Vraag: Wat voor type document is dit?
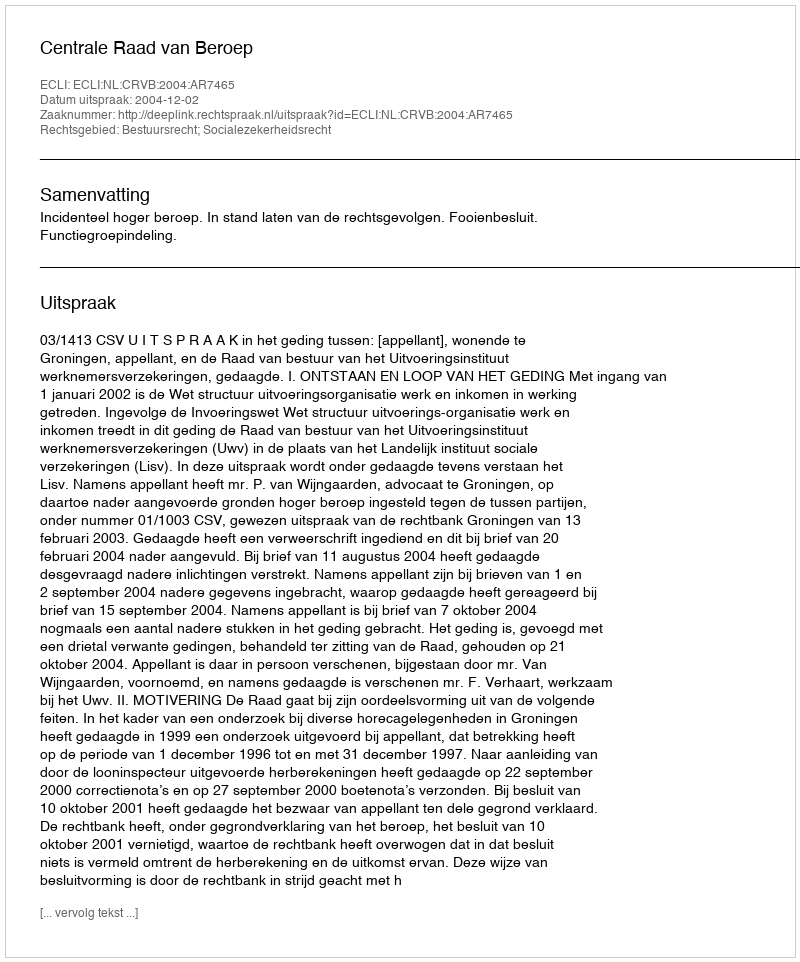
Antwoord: Uitspraak